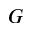
G